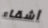
أشقاء